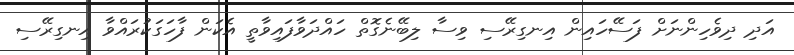
އަދި ދިވެހިންނަށް ފަސޭހައިން އިނގިރޭސި ވިސާ ލިބޭނެގޮތް ހައްދަވާފައިވާތީ އެކަން ފާހަގަކުރައްވާ އިނގިރޭސި